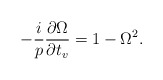
\begin{align*}-\frac{i}{p}\frac{\partial\Omega}{\partial t_v} =1-\Omega^2. \end{align*}